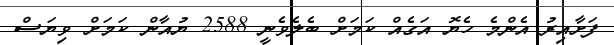
ފަށާއިރު އެންމެ ހެޔޮ އަގެއް ކަމަށް ބެލެވެނީ 2588 ޔުއާން ކަމަށް ވިޔަސް